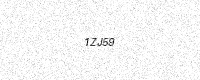
Text: 1ZJ59